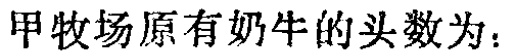
甲牧场原有奶牛的头数为：